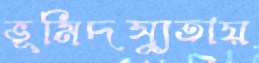
ভূমিদস্যুতায়